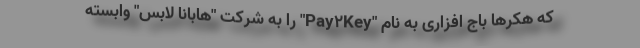
که هکرها باج افزاری به نام "Pay۲Key" را به شرکت "هابانا لابس" وابسته